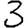
Digit: 3